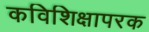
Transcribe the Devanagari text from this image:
कविशिक्षापरक